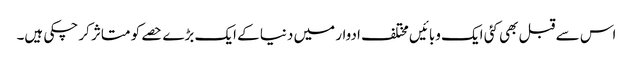
اس سے قبل بھی کئی ایک وبائیں مختلف ادوار میں دنیا کے ایک بڑے حصے کو متاثر کر چکی ہیں۔